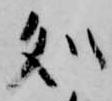
処